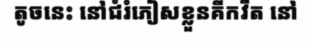
តូចនេះ នៅជំរំភៀសខ្លួនគីកវីត នៅ